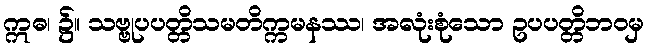
ဣဓ၊ ၌။ သဗ္ဗုပပတ္တိသမတိက္ကမနဿ၊ အလုံးစုံသော ဥပပတ္တိဘဝမှ